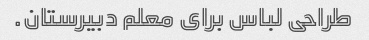
طراحی لباس برای معلم دبیرستان.